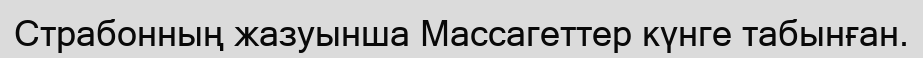
Страбонның жазуынша Массагеттер күнге табынған.